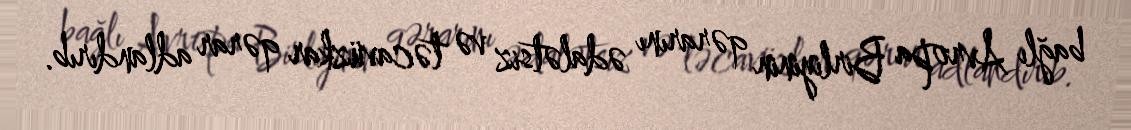
bağlı Avropa Birliyinin qərarını ədalətsiz və təcavüzkar qərar adlandırıb.